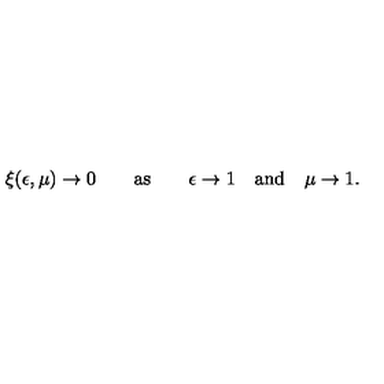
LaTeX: \xi ( \epsilon , \mu ) \to 0 \qquad \mathrm { a s } \qquad \epsilon \to 1 \quad \mathrm { a n d } \quad \mu \to 1 .